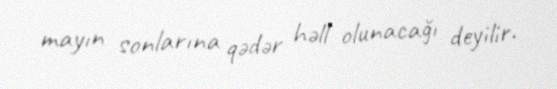
mayın sonlarına qədər həll olunacağı deyilir.